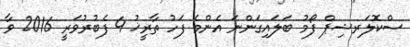
ސްކޮލަރޝިޕް ފޯމު ބަލައިގަންނަ އެންމެ ފަހު ތާރީޚު 4 ފެބުރުވަރީ 2016 ވާ